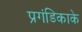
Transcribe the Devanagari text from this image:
प्रगंडिकाके